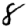
Digit: 8